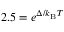
2 . 5 = e ^ { \Delta / k _ { \mathrm { B } } T }